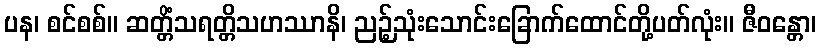
ပန၊ စင်စစ်။ ဆတ္တိံသရတ္တိသဟဿာနိ၊ ညဉ့်သုံးသောင်းခြောက်ထောင်တို့ပတ်လုံး။ ဇီဝန္တော၊